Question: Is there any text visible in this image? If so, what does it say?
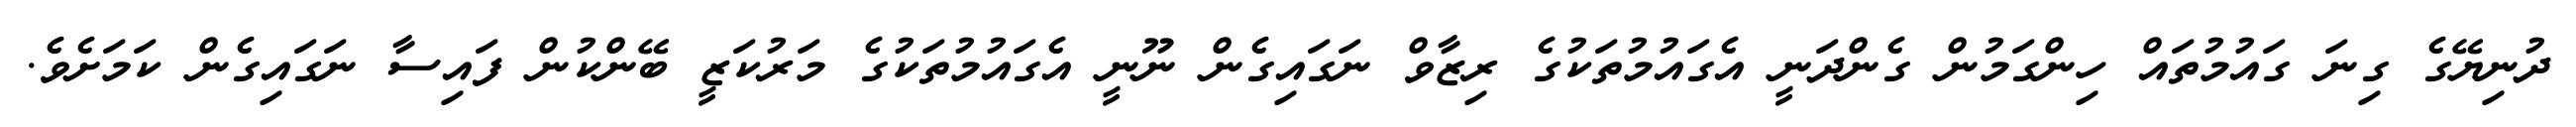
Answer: ދުނިޔޭގެ ގިނަ ގައުމުތައް ހިންގަމުން ގެންދަނީ އެގައުމުތަކުގެ ރިޒާވް ނަގައިގެން ނޫނީ އެގައުމުތަކުގެ މަރުކަޒީ ބޭންކުން ފައިސާ ނަގައިގެން ކަމަށެވެ.